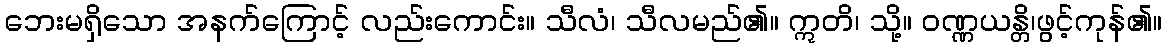
ဘေးမရှိသော အနက်ကြောင့် လည်းကောင်း။ သီလံ၊ သီလမည်၏။ ဣတိ၊ သို့။ ဝဏ္ဏယန္တိ၊ဖွင့်ကုန်၏။